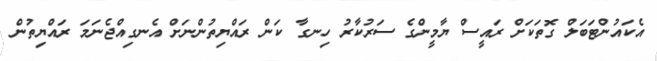
އެކައުންޓަބަލް ގޮތަކަށް ރައީސް ޔާމީންގެ ސަރުކާރު ހިނގާ ކަން ރައްޔިތުންނަށް އެނގިއްޖެނަމަ ރައްޔިތުން